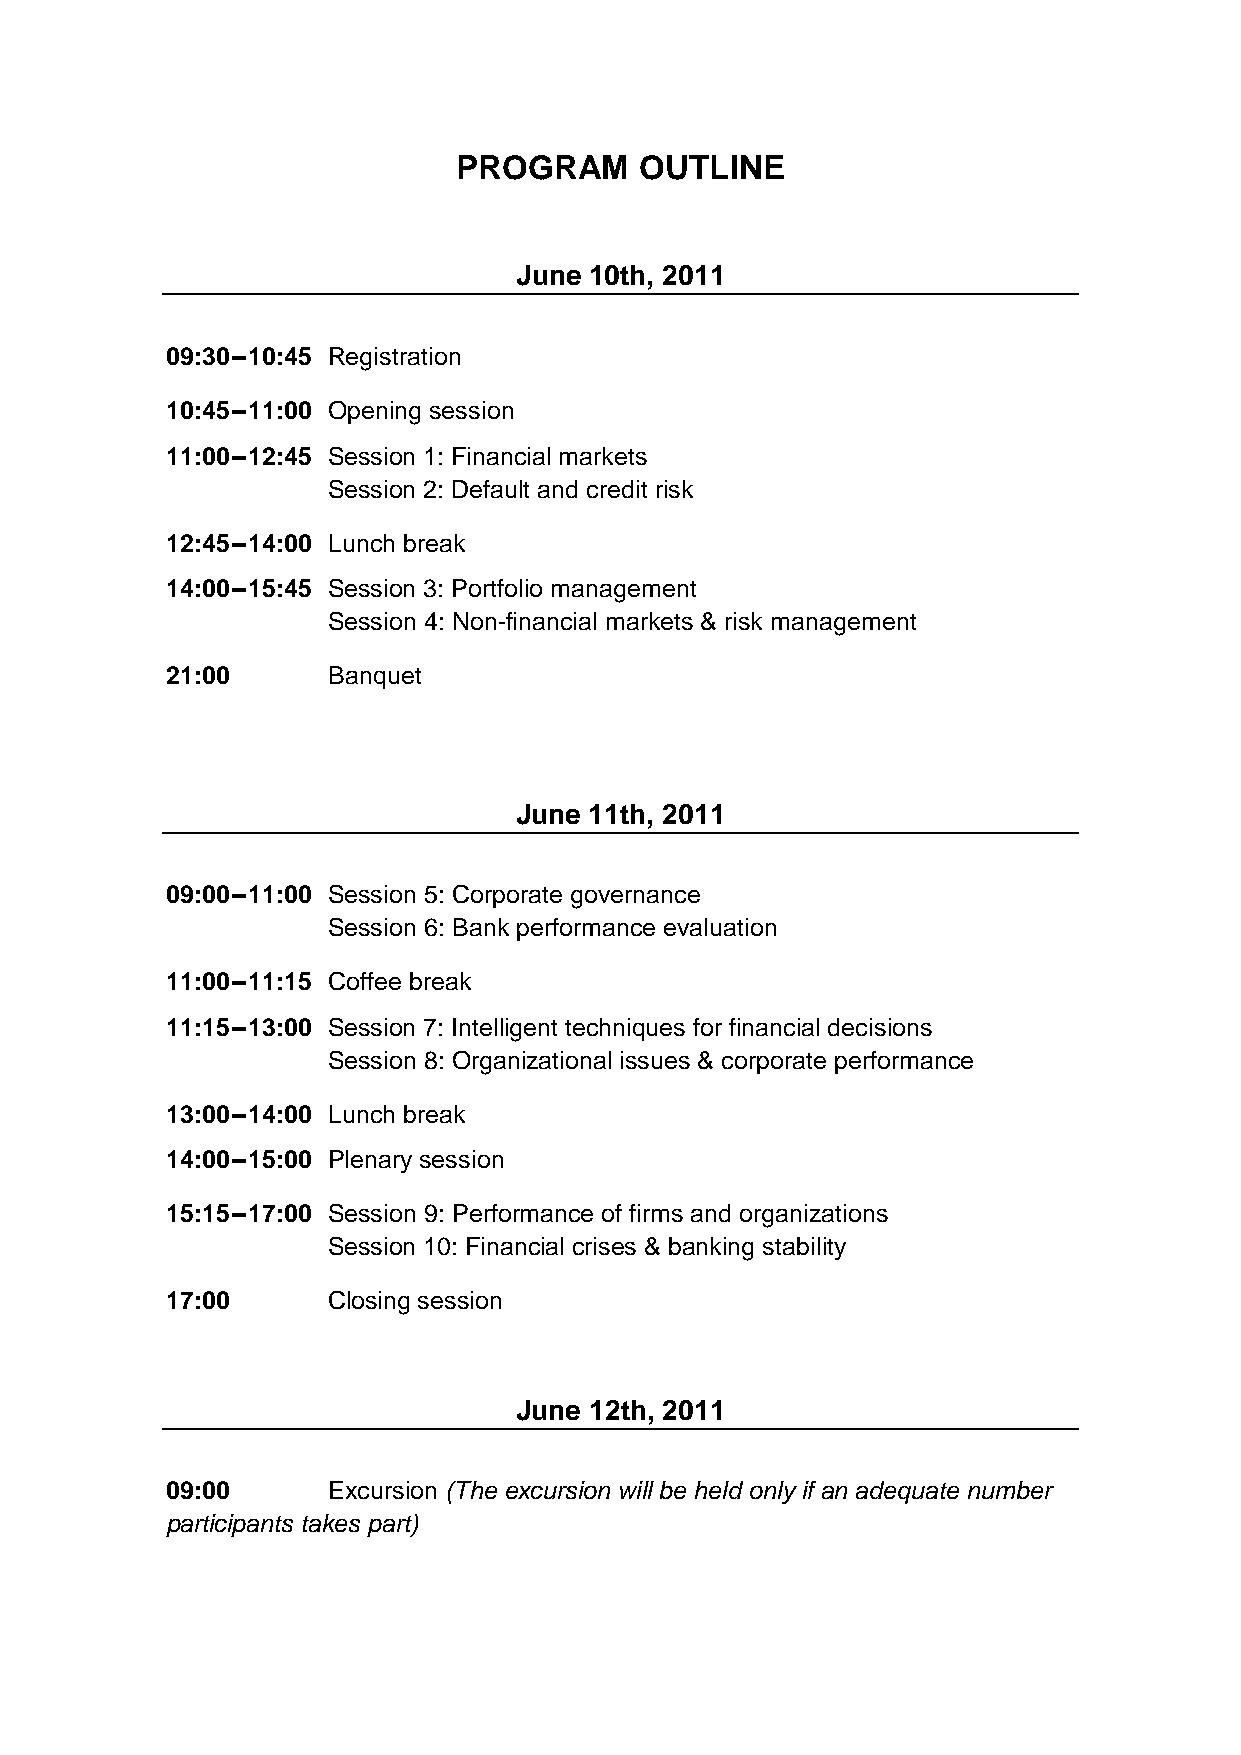
PROGRAM     OUTLINE
 June 10th, 2011
 09:30–10:45 Registration
 10:45–11:00 Opening session
 11:00–12:45 Session 1: Financial markets
 Session 2: Default and credit risk
 12:45–14:00 Lunch break
 14:00–15:45 Session 3: Portfolio management
 Session 4: Non-financial markets & risk management
 21:00      Banquet
 June 11th, 2011
 09:00–11:00 Session 5: Corporate governance
 Session 6: Bank performance evaluation
 11:00–11:15 Coffee break
 11:15–13:00 Session 7: Intelligent techniques for financial decisions
 Session 8: Organizational issues & corporate performance
 13:00–14:00 Lunch break
 14:00–15:00 Plenary session
 15:15–17:00 Session 9: Performance of firms and organizations
 Session 10: Financial crises & banking stability
 17:00      Closing session
 June 12th, 2011
 09:00      Excursion (The excursion will be held only if an adequate number
 participants takes part)